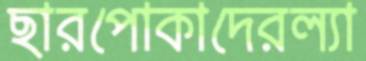
ছারপোকাদেরল্যা